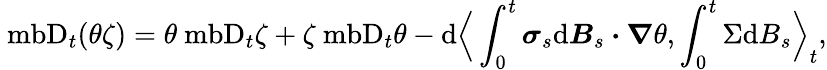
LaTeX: \mathrm{\ mb{D}}_{t}(\theta\zeta)=\theta\mathrm{\ mb{D}}_{t}\zeta+\zeta\mathrm{\ mb{D}}_{t}\theta-\mathrm{d}\Big\langle\int_{0}^{t}\boldsymbol{\sigma}_{s}\mathrm{d}\boldsymbol{B}_{s}\boldsymbol{\cdot}\boldsymbol{\nabla}\theta,\int_{0}^{t}\Sigma\mathrm{d}B_{s}\Big\rangle_{t},